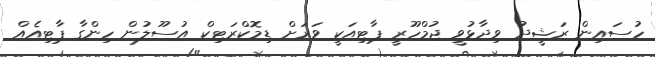
ހުސައިން ރަޝީދު ވިދާޅުވީ ޖުމްހޫރީ ޕާޓިއަކީ ވަރަށް ޑިމޮކްރަޓިކް އުސޫލުން ހިންގާ ޕާޓިއެއް